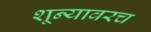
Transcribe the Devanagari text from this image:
शून्यावरच